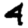
Digit: 4